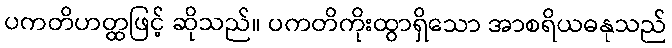
ပကတိဟတ္ထဖြင့် ဆိုသည်။ ပကတိကိုးထွာရှိသော အာစရိယဓနုသည်